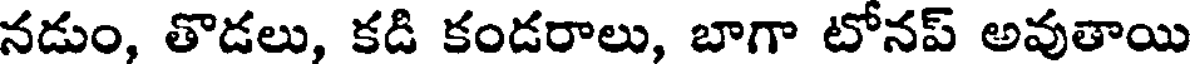
నడుం, తొడలు, కడి కండరాలు, బాగా టోనప్ అవుతాయి